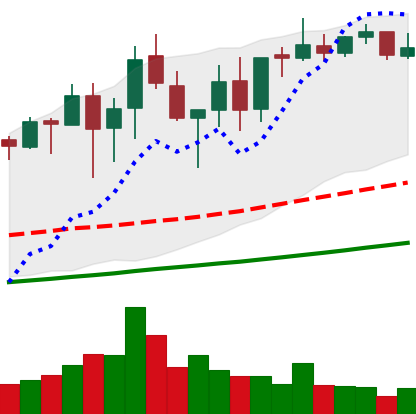
Ticker: XMR-USD
Chart end date: 2021-05-03
Forward return: 15.451%
Label: up_7plus